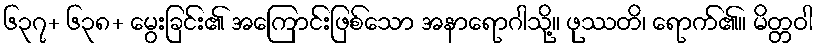
၆၃၇+ ၆၃၈+ မွေးခြင်း၏ အကြောင်းဖြစ်သော အနာရောဂါသို့။ ဖုဿတိ၊ ရောက်၏။ မိတ္တဝါ